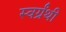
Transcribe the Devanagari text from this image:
स्वर्ग्रंथी